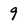
Character: 9